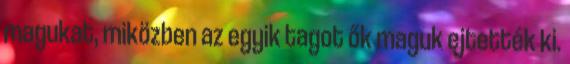
magukat, miközben az egyik tagot ők maguk ejtették ki.